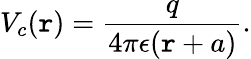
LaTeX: V_{c}(\mathtt{r})=\frac{{q}}{{4\pi\epsilon(\mathtt{r}+a)}}.